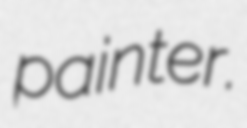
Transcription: painter.